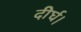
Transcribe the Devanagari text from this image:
दीर्घ।